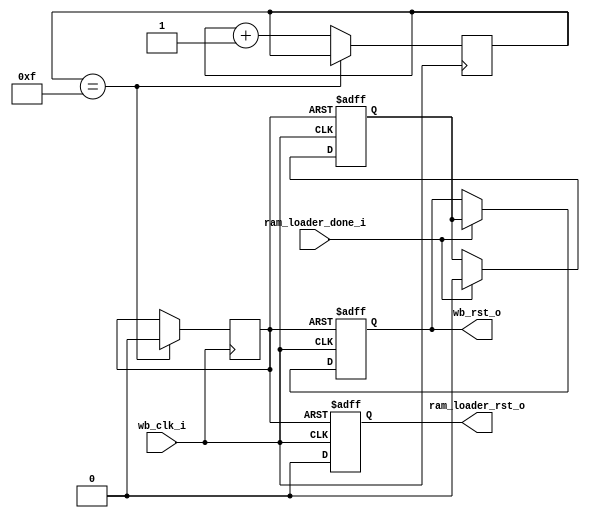
//
// Copyright 2011 Ettus Research LLC
//
// This program is free software: you can redistribute it and/or modify
// it under the terms of the GNU General Public License as published by
// the Free Software Foundation, either version 3 of the License, or
// (at your option) any later version.
//
// This program is distributed in the hope that it will be useful,
// but WITHOUT ANY WARRANTY; without even the implied warranty of
// MERCHANTABILITY or FITNESS FOR A PARTICULAR PURPOSE.  See the
// GNU General Public License for more details.
//
// You should have received a copy of the GNU General Public License
// along with this program.  If not, see <http://www.gnu.org/licenses/>.
//

// System bootup order:
//    0 - Internal POR to reset this block.  Maybe control it from CPLD in the future?
//    1 - Everything in reset
//    2 - Take RAM Loader out of reset
//    3 - When RAM Loader done, take processor and wishbone out of reset

module system_control 
  (input wb_clk_i,
   output reg ram_loader_rst_o,
   output reg wb_rst_o,
   input ram_loader_done_i
   );

   reg 		POR = 1'b1;
   reg [3:0] 	POR_ctr;

   initial POR_ctr = 4'd0;
   always @(posedge wb_clk_i)
     if(POR_ctr == 4'd15)
       POR <= 1'b0;
     else
       POR_ctr <= POR_ctr + 4'd1;
   
   always @(posedge POR or posedge wb_clk_i)
     if(POR)
       ram_loader_rst_o <= 1'b1;
     else
       ram_loader_rst_o <= #1 1'b0;

   // Main system reset
   reg 		delayed_rst;
   
   always @(posedge POR or posedge wb_clk_i)
     if(POR)
       begin
	  wb_rst_o <= 1'b1;
	  delayed_rst <= 1'b1;
       end
     else if(ram_loader_done_i)
       begin
	  delayed_rst <= 1'b0;
	  wb_rst_o <= delayed_rst;
       end

endmodule // system_control